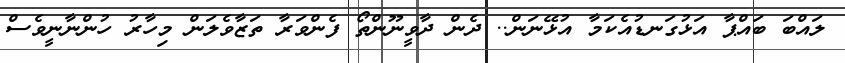
ލައްބަ ބައްޕާ އަޅުގަނޑުއެކަމާ އުޅޭނަން.. ދެން ދާވީނޫންތޯ ފެންވަރާ ތަޒާވެލަން މިހާރު ހުންނާނީވެސް